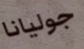
جوليانا